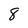
Character: 8